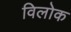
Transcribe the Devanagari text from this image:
विलोक